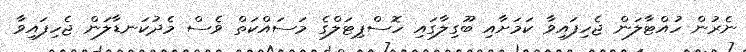
ނެރުން ހުއްޓާލަން ޖެހިފައިވާ ކަމަށާއި ބޫގިލާގައި ހޮސްޕިޓަލްގެ މަސައްކަތް ވެސް މެދުކަނޑާލަން ޖެހިފައިވާ